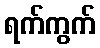
ရက်ကွက်